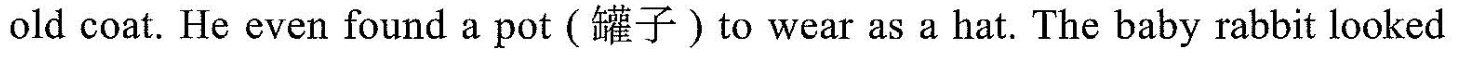
old coat. He even found a pot (罐子)to wear as a hat. The baby rabbit looked